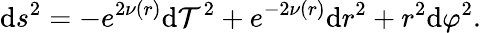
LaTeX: \mathrm{d}s^{2}=-e^{2\nu(r)}\mathrm{d}\mathcal{T}^{2}+e^{-2\nu(r)}\mathrm{d}r^{2}+r^{2}\mathrm{d}\varphi^{2}.